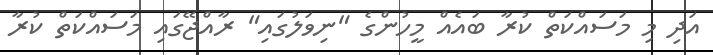
އަދި މި މަސައްކަތް ކުރާ ބައެއް މީހުންގެ "ނިވަލުގައި" ރާއްޖޭގައި މަސައްކަތް ކުރާ